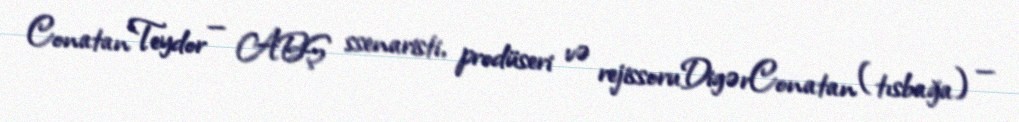
Conatan Teydor — ABŞ ssenaristi, prodüseri və rejissoruDigərConatan (tısbağa) —